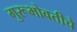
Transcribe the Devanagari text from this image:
गुरूभोवतीचे